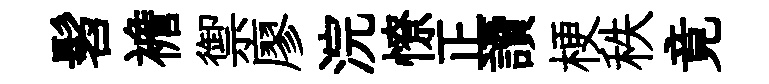
髫襜禦廖浣憭正讀梗秩竟